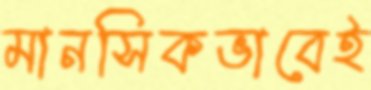
মানসিকভাবেই